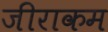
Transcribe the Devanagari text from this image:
जीराकम